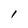
Character: l